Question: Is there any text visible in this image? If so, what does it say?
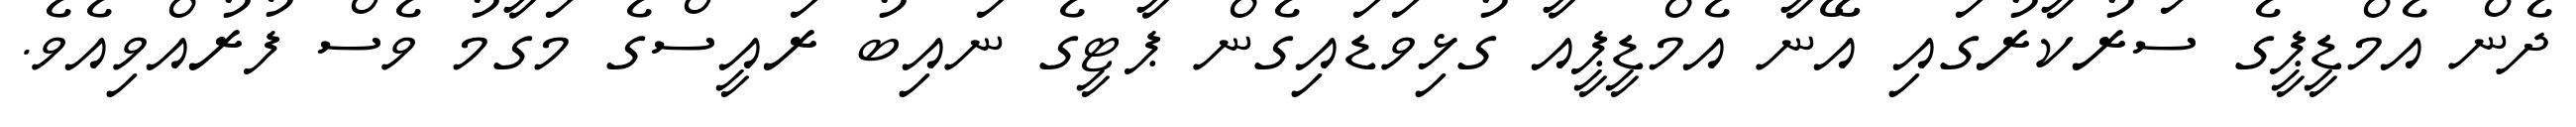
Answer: ދެން އެމްޑީޕީގެ ސަރުކާރުގައި އޭނާ އެމްޑީޕީއާ ގުޅިވަޑައިގެން ޕާޓީގެ ނައިބު ރައީސްގެ މަގާމު ވެސް ފުރުއްވިއެވެ.